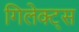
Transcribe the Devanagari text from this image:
गिलेक्ट्स